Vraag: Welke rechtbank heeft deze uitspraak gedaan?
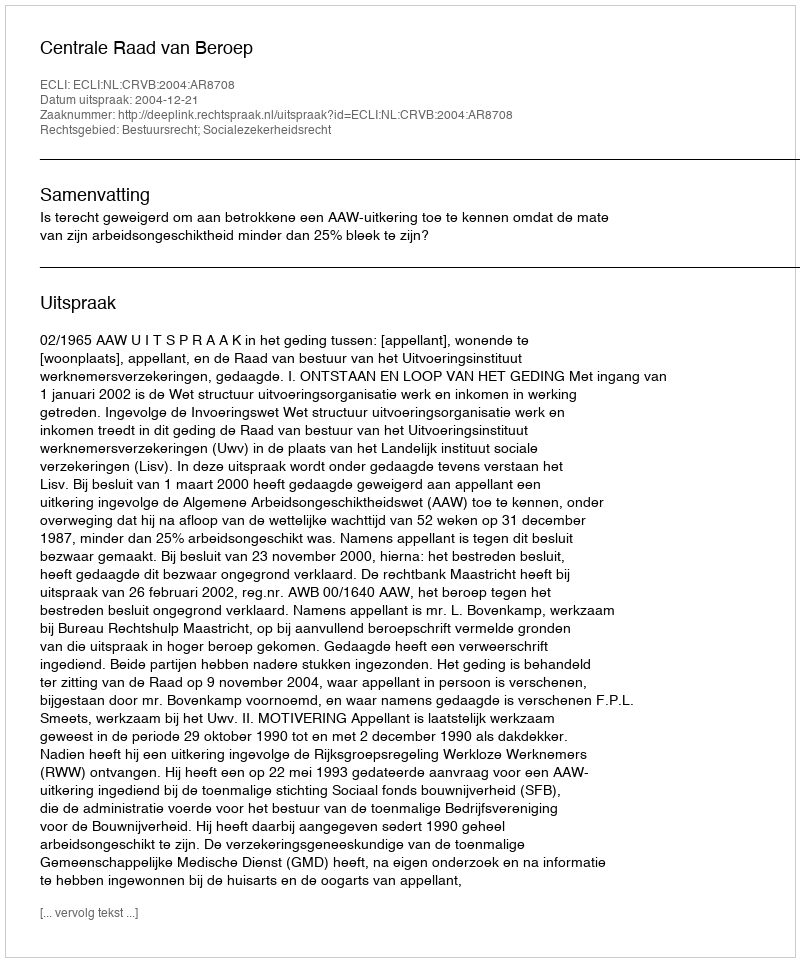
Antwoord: Centrale Raad van Beroep